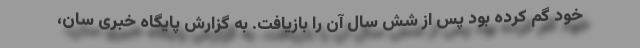
خود گم کرده بود پس از شش سال آن را بازیافت. به گزارش پایگاه خبری سان،